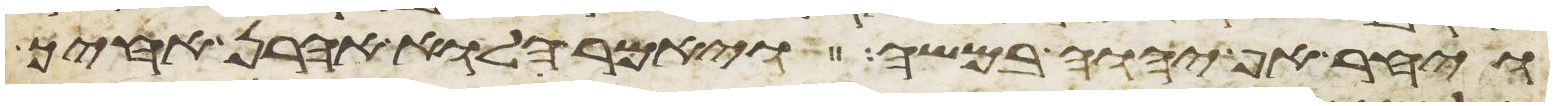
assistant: ויחר אף יהוה במשה ויאמר הלוא אהרן אחיך